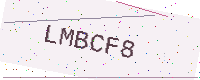
Text: LMBCF8